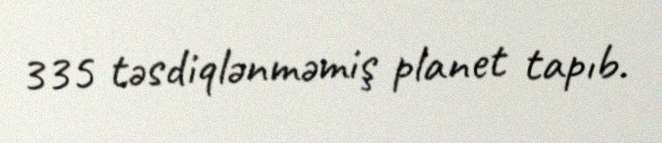
335 təsdiqlənməmiş planet tapıb.